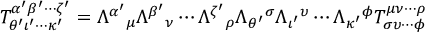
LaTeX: T _ { \theta ^ { \prime } \iota ^ { \prime } \cdots \kappa ^ { \prime } } ^ { \alpha ^ { \prime } \beta ^ { \prime } \cdots \zeta ^ { \prime } } = \Lambda ^ { \alpha ^ { \prime } } { } _ { \mu } \Lambda ^ { \beta ^ { \prime } } { } _ { \nu } \cdots \Lambda ^ { \zeta ^ { \prime } } { } _ { \rho } \Lambda _ { \theta ^ { \prime } } { } ^ { \sigma } \Lambda _ { \iota ^ { \prime } } { } ^ { \upsilon } \cdots \Lambda _ { \kappa ^ { \prime } } { } ^ { \phi } T _ { \sigma \upsilon \cdots \phi } ^ { \mu \nu \cdots \rho }